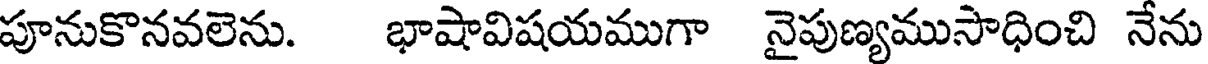
పూనుకొనవలెను. భాషావిషయముగా నైపుణ్యముసాధించి నేను